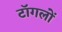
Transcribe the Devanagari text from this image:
टॉगलों